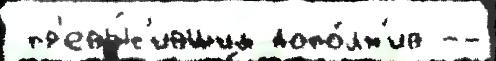
 пр'евы́с'ившим допо́лн'ив --